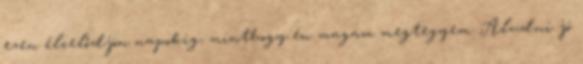
ezen élcelődjön napokig, minthogy én magam megtegyem. Aludni jó